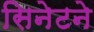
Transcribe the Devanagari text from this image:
सिनेटने